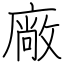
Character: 廠